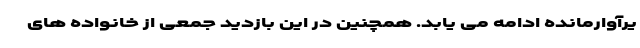
یرآوارمانده ادامه می یابد. همچنین در این بازدید جمعی از خانواده های